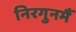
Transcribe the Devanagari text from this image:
निरगुनमैं